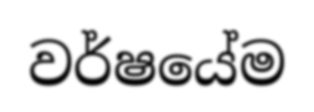
වර්ෂයේම